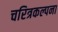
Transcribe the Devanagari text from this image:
चरित्रकल्पना